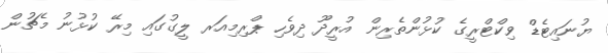
ޔުނައިޓެޑް ވިކްޓްރީގެ ކުޅުންތެރިން އުރީދޫ ދިވެހި ޕްރިމިއަރ ލީގުގައި މިރޭ ކުޅުނު މެޗުން